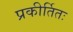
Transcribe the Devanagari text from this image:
प्रकीर्तितः